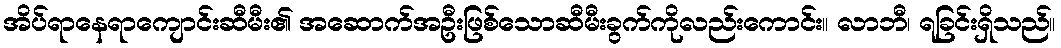
အိပ်ရာနေရာကျောင်းဆီမီး၏ အဆောက်အဦးဖြစ်သောဆီမီးခွက်ကိုလည်းကောင်း။ လာဘီ၊ ရခြင်းရှိသည်။